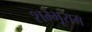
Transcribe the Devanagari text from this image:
शम्भूराम